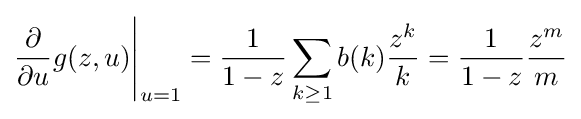
{\frac {\partial }{\partial u}}g(z,u){\Bigg |}_{u=1}={\frac {1}{1-z}}\sum _{k\geq 1}b(k){\frac {z^{k}}{k}}={\frac {1}{1-z}}{\frac {z^{m}}{m}}